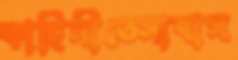
কাহিনীতেসাবাস